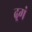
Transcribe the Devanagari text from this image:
ढ़्गं